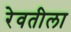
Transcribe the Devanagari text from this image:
रेवतीला